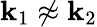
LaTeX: {\mathbf k}_{1}\not\approx{\mathbf k}_{2}